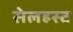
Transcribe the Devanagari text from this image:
सेलहस्ट